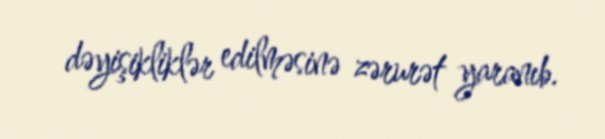
dəyişikliklər edilməsinə zərurət yaranıb.